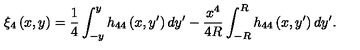
\xi _ { 4 } \left( x , y \right) = \frac { 1 } { 4 } \int _ { - y } ^ { y } h _ { 4 4 } \left( x , y ^ { \prime } \right) d y ^ { \prime } - \frac { x ^ { 4 } } { 4 R } \int _ { - R } ^ { R } h _ { 4 4 } \left( x , y ^ { \prime } \right) d y ^ { \prime } .